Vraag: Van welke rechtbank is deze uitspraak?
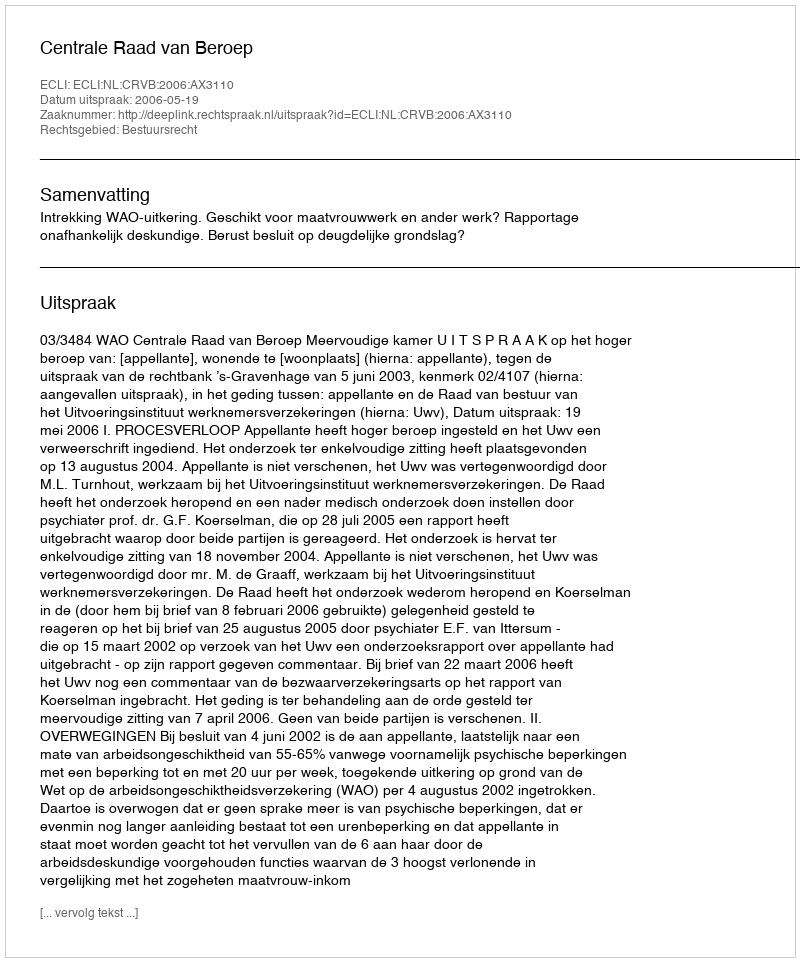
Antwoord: Centrale Raad van Beroep